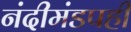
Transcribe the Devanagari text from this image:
नंदीमंडपही